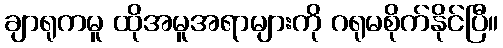
ချာရုကမူ ထိုအမူအရာများကို ဂရုမစိုက်နိုင်ပြီ။